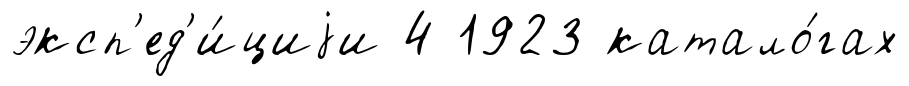
эксп'ед'и́циjи 4 1923 катало́гах